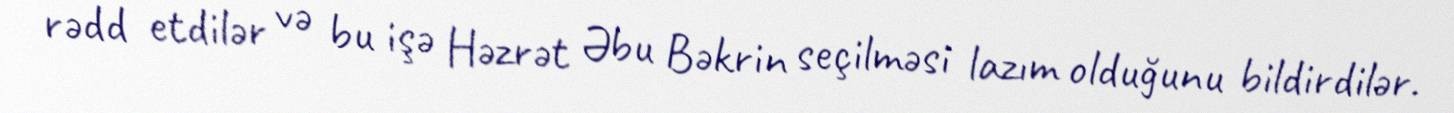
rədd etdilər və bu işə Həzrət Əbu Bəkrin seçilməsi lazım olduğunu bildirdilər.